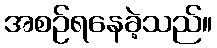
အစဉ်ရနေခဲ့သည်။